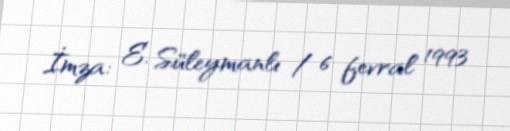
İmza: E. Süleymanlı / 6 fevral 1993